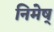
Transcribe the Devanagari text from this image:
निमेष्